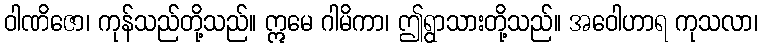
ဝါဏိဇော၊ ကုန်သည်တို့သည်။ ဣမေ ဂါမိကာ၊ ဤရွာသားတို့သည်။ အဝေါဟာရ ကုသလာ၊